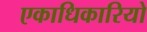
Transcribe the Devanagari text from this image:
एकाधिकारियो